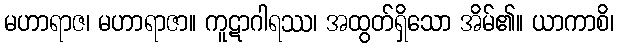
မဟာရာဇ၊ မဟာရာဇာ။ ကူဋာဂါရဿ၊ အထွတ်ရှိသော အိမ်၏။ ယာကာစိ၊